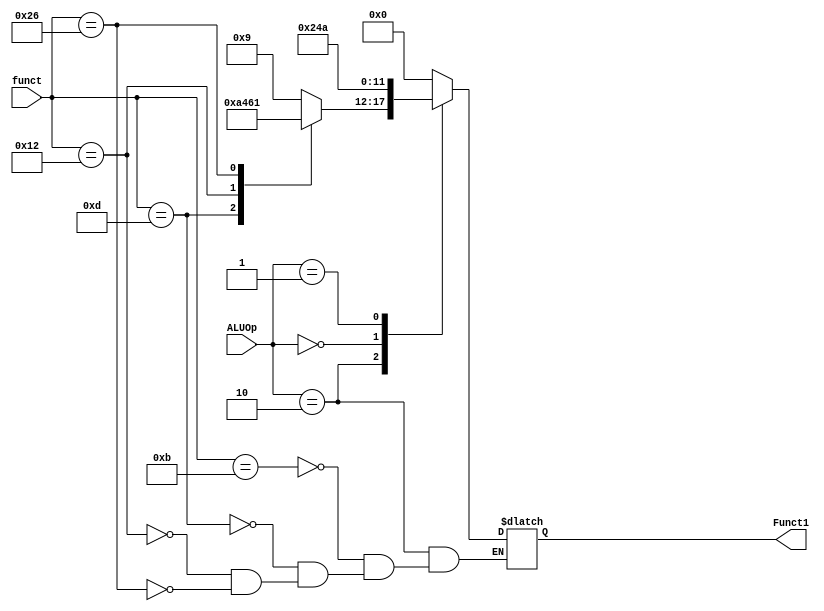
`define R_type		2'b10
`define lw_sw_addi	2'b00
`define subi		2'b01
`define beq			2'b11

`define Addu	6'b001001	//Add unsigned(09)
`define Subu	6'b001010	//Subtract unsigned(0A)
`define And		6'b010001	//And(11)
`define SLL		6'b100001	//Shift Left Logical(21)

module ALU_Control
(
	funct, ALUOp,
	Funct1
);

	input wire [5:0]funct;
	input wire [1:0]ALUOp;
	output reg[5:0]Funct1;
	
	always @ (*)
	begin
		case(ALUOp)
			`R_type:	case(funct)
							6'b001011:	Funct1 <= `Addu;
							6'b001101:	Funct1 <= `Subu;
							6'b010010:	Funct1 <= `And;
							6'b100110:	Funct1 <= `SLL;
						endcase
			`lw_sw_addi:Funct1 <= `Addu;
			`subi:		Funct1 <= `Subu;
			//`beq:		Funct1 <= 0;
			default: 	Funct1 <= 6'b0;
		endcase
		
	end
	
endmodule